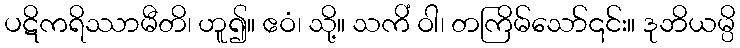
ပဋိကရိဿာမီတိ၊ ဟူ၍။ ဧဝံ၊ သို့။ သကိံ ဝါ၊ တကြိမ်သော်၎င်း။ ဒုဘိယမ္ပိ